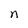
Character: n